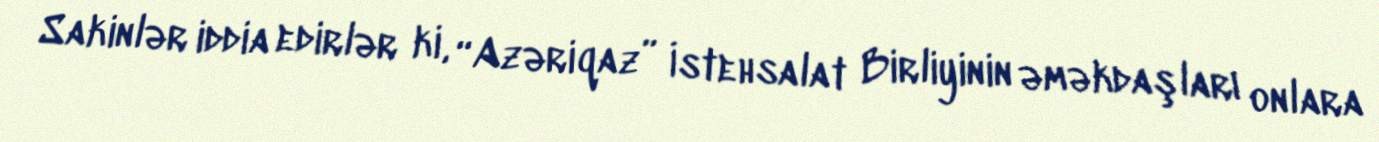
Sakinlər iddia edirlər ki, “Azəriqaz” İstehsalat Birliyinin əməkdaşları onlara